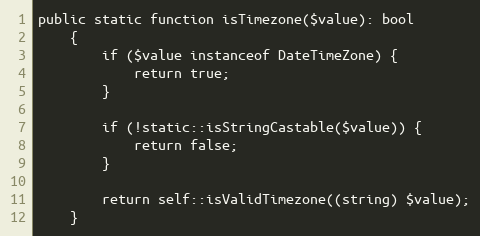
Language: PHP
public static function isTimezone($value): bool
    {
        if ($value instanceof DateTimeZone) {
            return true;
        }

        if (!static::isStringCastable($value)) {
            return false;
        }

        return self::isValidTimezone((string) $value);
    }